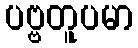
ပဗ္ဗတူပမာ